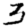
Digit: 3